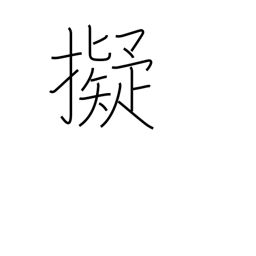
Meaning: aim (a gun) at